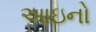
આઇનો